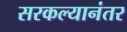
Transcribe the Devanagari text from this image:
सरकल्यानंतर